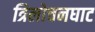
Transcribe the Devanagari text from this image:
त्रिलोचनघाट